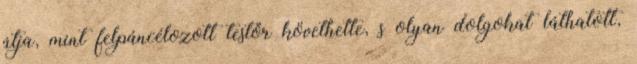
útja, mint felpáncélozott testőr követhette, s olyan dolgokat láthatott,